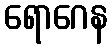
ရောဂေန